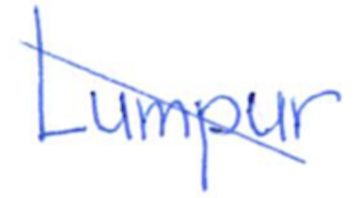
Text: Lumpur
Cross-out: mix
Writing tool: ballpoint